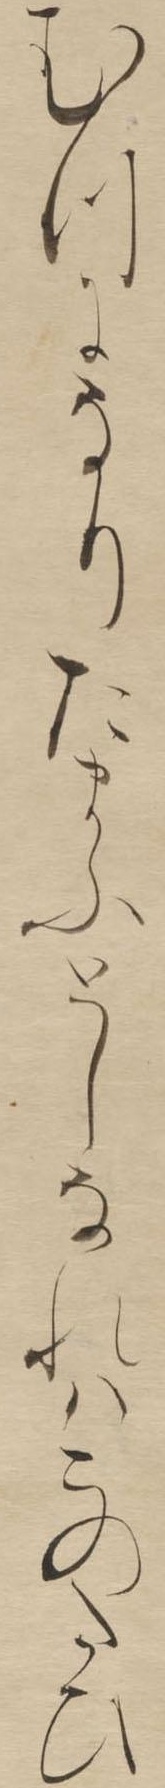
むつになりたまふとしなれはこのたひ